Reports on military cantonments and civil stations in the Presidency of Bombay inspected by the Sanitary Commissioner in the years 1875 and 1876
Year: 1875
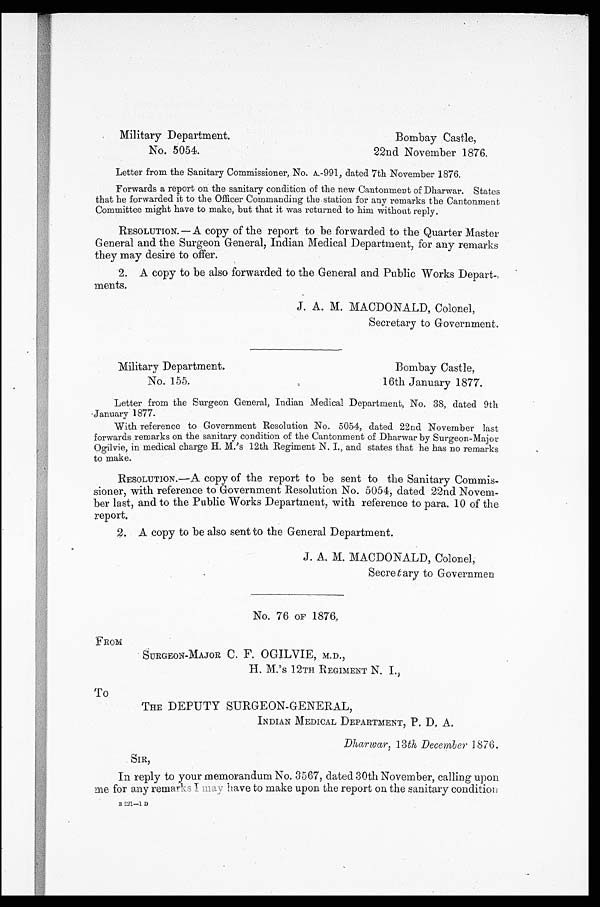
Military Department.
Bombay Castle,
No. 5054.
22nd November 1876.
Letter from the Sanitary Commissioner, No. A.-991, dated 7th November 1876.
Forwards a report on the sanitary condition of the new Cantonment of Dharwar. States
that he forwarded it to the Officer Commanding the station for any remarks the Cantonment
Committee might have to make, but that it was returned to him without reply.
RESOLUTION. — A copy of the report to be forwarded to the Quarter Master
General and the Surgeon General, Indian Medical Department, for any remarks
they may desire to offer.
2. A copy to be also forwarded to the General and Public Works Depart-
ments.
J. A. M. MACDONALD, Colonel,
Secretary to Government.
Military Department.
Bombay Castle,
No. 155.
16th January 1877.
Letter from the Surgeon General, Indian Medical Department, No. 38, dated 9th.
January 1877.
With reference to Government Resolution No. 5054, dated 22nd November last
forwards remarks on the sanitary condition of the Cantonment of Dharwar by Surgeon-Major
Ogilvie, in medical charge H. M.'s 12th Regiment N. I., and states that he has no remarks
to make.
RESOLUTION.—A copy of the report to be sent to the Sanitary Commis-
sioner, with reference to Government Resolution No. 5054, dated 22nd Novem-
ber last, and to the Public Works Department, with reference to para. 10 of the
report.
2. A copy to be also sent to the General Department.
J. A. M. MACDONALD, Colonel,
Secre tary to Governmen
No. 76 OF 1876.
FROM
SURGEON-MAJOR C. F. OGILVIE, M.D.,
H. M. ' s 12TH REGIMENT N. I.,
To
THE DEPUTY SURGEON-GENERAL,
INDIAN MEDICAL DEPARTMENT, P. D. A.
Dharwar, 13th December 1876.
SIR,
In reply to your memorandum No. 3567, dated 30th November, calling upon
me for any remarks I may have to make upon the report on the sanitary condition
B 2 2 1 — 1 D